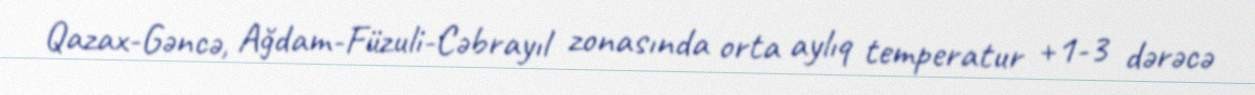
Qazax-Gəncə, Ağdam-Füzuli-Cəbrayıl zonasında orta aylıq temperatur +1-3 dərəcə